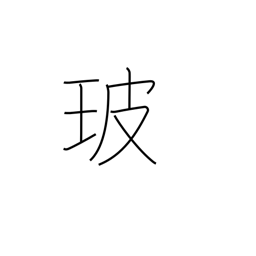
Meaning: glass